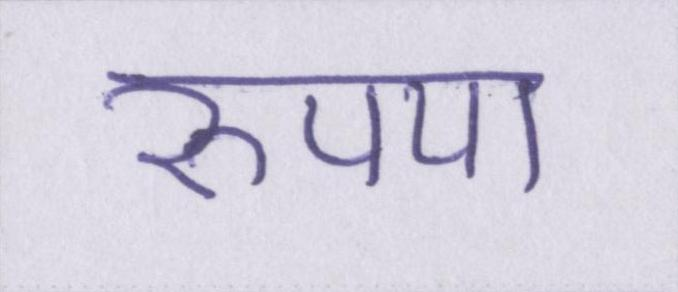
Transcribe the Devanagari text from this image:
रुपया